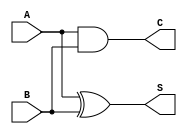

module half_adder(A,B,C,S);

    input A,B;
    output C,S;
    
    assign C = A & B;
    assign S = A ^ B;
    
endmodule